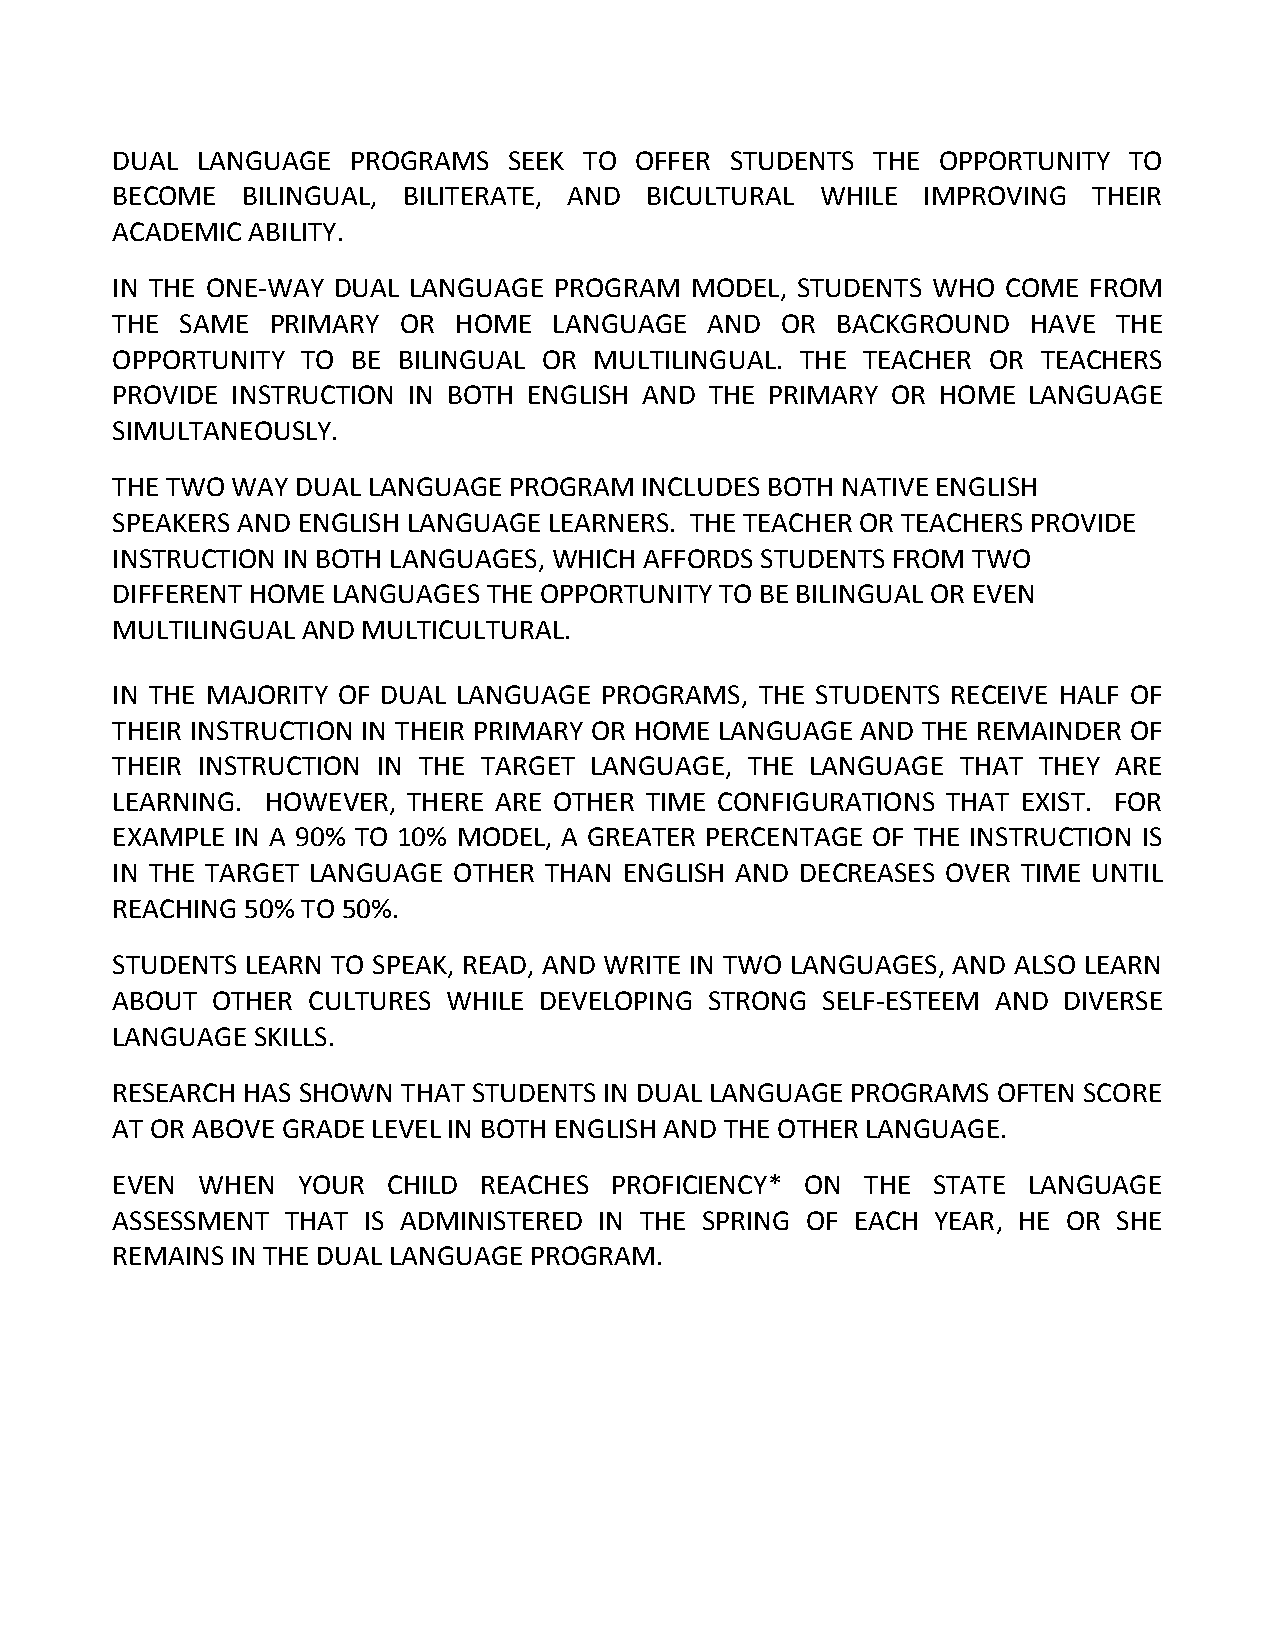
DUAL  LANGUAGE  PROGRAMS   SEEK TO OFFER STUDENTS  THE OPPORTUNITY  TO
 BECOME   BILINGUAL, BILITERATE, AND BICULTURAL WHILE  IMPROVING  THEIR
 ACADEMIC ABILITY.
 IN THE ONE-WAY DUAL LANGUAGE  PROGRAM  MODEL, STUDENTS WHO  COME FROM
 THE  SAME  PRIMARY OR  HOME   LANGUAGE  AND  OR BACKGROUND   HAVE  THE
 OPPORTUNITY  TO BE BILINGUAL OR MULTILINGUAL. THE TEACHER OR  TEACHERS
 PROVIDE INSTRUCTION IN BOTH ENGLISH AND THE PRIMARY OR HOME  LANGUAGE
 SIMULTANEOUSLY.
 THE TWO WAY  DUAL LANGUAGE PROGRAM INCLUDES BOTH NATIVE ENGLISH
 SPEAKERS AND ENGLISH LANGUAGE LEARNERS. THE TEACHER OR TEACHERS PROVIDE
 INSTRUCTION IN BOTH LANGUAGES, WHICH AFFORDS STUDENTS FROM TWO
 DIFFERENT HOME LANGUAGES THE OPPORTUNITY TO BE BILINGUAL OR EVEN
 MULTILINGUAL AND MULTICULTURAL.
 IN THE MAJORITY OF DUAL LANGUAGE PROGRAMS, THE STUDENTS RECEIVE HALF OF
 THEIR INSTRUCTION IN THEIR PRIMARY OR HOME LANGUAGE AND THE REMAINDER OF
 THEIR INSTRUCTION IN THE TARGET LANGUAGE,  THE LANGUAGE  THAT THEY ARE
 LEARNING.  HOWEVER, THERE ARE OTHER TIME CONFIGURATIONS THAT EXIST. FOR
 EXAMPLE  IN A 90% TO 10% MODEL, A GREATER PERCENTAGE OF THE INSTRUCTION IS
 IN THE TARGET LANGUAGE OTHER THAN ENGLISH AND DECREASES OVER TIME UNTIL
 REACHING 50% TO 50%.
 STUDENTS LEARN TO SPEAK, READ, AND WRITE IN TWO LANGUAGES, AND ALSO LEARN
 ABOUT  OTHER CULTURES  WHILE DEVELOPING STRONG SELF-ESTEEM AND DIVERSE
 LANGUAGE  SKILLS.
 RESEARCH HAS SHOWN  THAT STUDENTS IN DUAL LANGUAGE PROGRAMS OFTEN SCORE
 AT OR ABOVE GRADE LEVEL IN BOTH ENGLISH AND THE OTHER LANGUAGE.
 EVEN  WHEN   YOUR  CHILD REACHES PROFICIENCY* ON  THE  STATE LANGUAGE
 ASSESSMENT  THAT IS ADMINISTERED IN THE SPRING OF EACH YEAR, HE OR SHE
 REMAINS IN THE DUAL LANGUAGE PROGRAM.